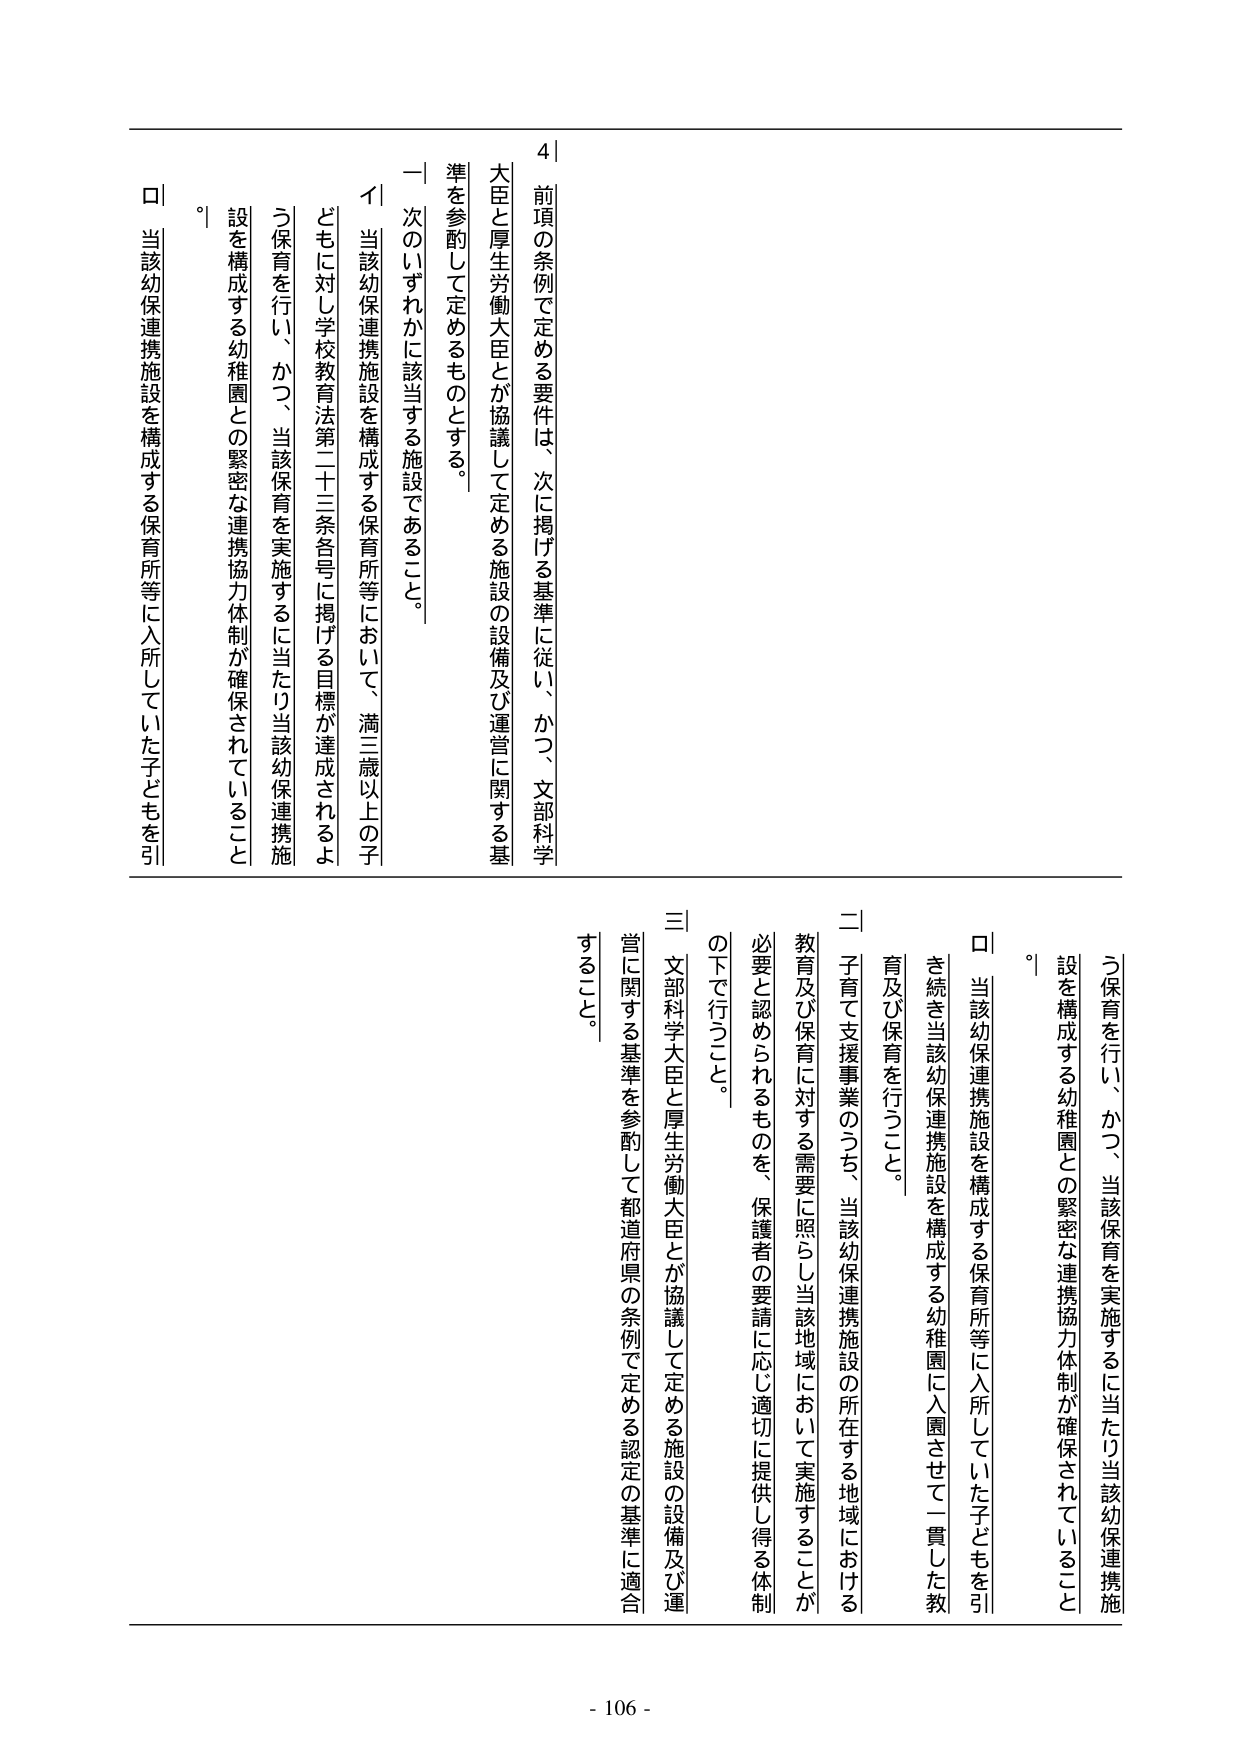
4
前項の条例で定める要件は、次に掲げる基準に従い、かつ、文部科学大臣と厚生労働大臣とが協議して定める施設の設備及び運営に関する基準を参酌して定めるものとする。
一 次のいずれかに該当する施設であること。
イ 当該幼保連携施設を構成する保育所等において、満三歳以上の子どもに対し学校教育法第二十三条各号に掲げる目標が達成されるよう保育を行い、かつ、当該保育を実施するに当たり当該幼保連携施設を構成する幼稚園との緊密な連携協力体制が確保されていること。
ロ 当該幼保連携施設を構成する保育所等に入所していた子どもを引
き続き当該幼保連携施設を構成する幼稚園に入園させて一貫した教育及び保育を行うこと。
二 子育て支援事業のうち、当該幼保連携施設の所在する地域における教育及び保育に対する需要に照らし当該地域において実施することが必要と認められるものを、保護者の要請に応じ適切に提供し得る体制の下に行うこと。
三 文部科学大臣と厚生労働大臣とが協議して定める施設の設備及び運営に関する基準を参酌して都道府県の条例で定める認定の基準に適合すること。
- 106 -